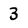
Character: 3